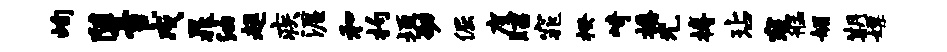
峋堕雪戍晁油趄疾渥和杓垣劭倔度昭窕揆崎播光搏玷寇艋媚期嫖